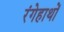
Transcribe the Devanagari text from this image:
रंगेहाथों